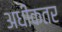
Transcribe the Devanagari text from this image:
अधीकतर